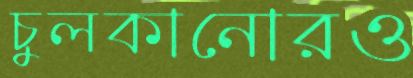
চুলকানোরও